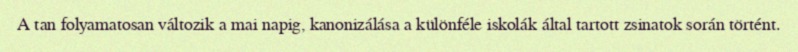
A tan folyamatosan változik a mai napig, kanonizálása a különféle iskolák által tartott zsinatok során történt.